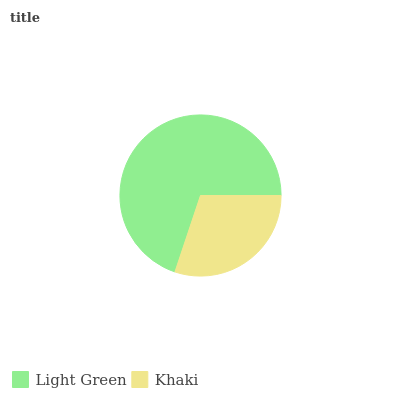
| Light Green | Khaki |
 | --- | --- |
 | 69.9% | 30.1% |